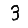
Digit: 3